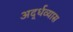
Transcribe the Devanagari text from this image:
अर्द्धव्यास